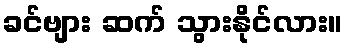
ခင်ဗျား ဆက် သွားနိုင်လား။